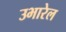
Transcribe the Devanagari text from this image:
उभारेल